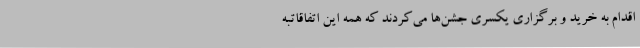
اقدام به خرید و برگزاری یکسری جشن‌ها می‌کردند که همه این اتفاقاتبه